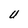
Character: U